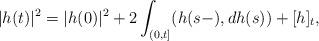
LaTeX: \begin{align*} |h(t)|^2 = |h(0)|^2 + 2 \int_{(0,t]} (h(s-),dh(s)) + [h]_t, \end{align*}